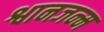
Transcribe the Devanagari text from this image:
श्वानजन्म